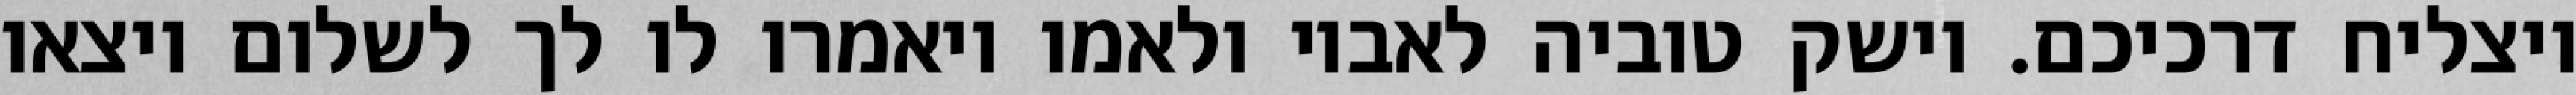
ויצליח דרכיכם. וישק טוביה לאביו ולאמו ויאמרו לו לך לשלום ויצאו